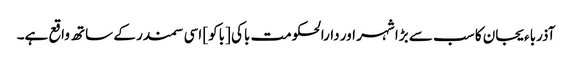
آذرباءیجان کا سب سے بڑا شہر اور دارالحکومت باکی [باکو] اسی سمندر کے ساتھ واقع ہے۔